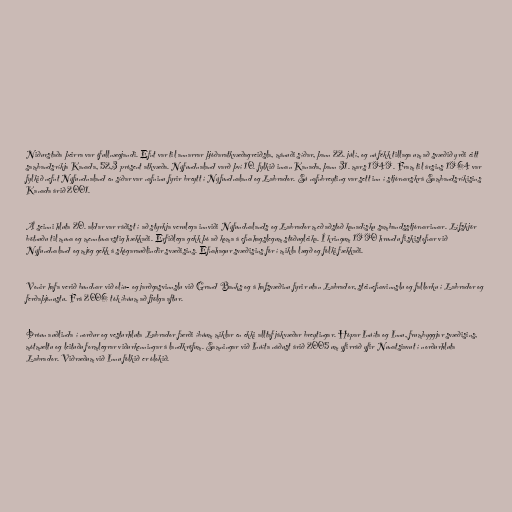
Niðurstaða þeirra var ófullnægjandi. Efnt var til annarrar þjóðaratkvæðagreiðsla, mánuði síðar, þann 22. júlí, og nú fékk tillaga um að svæðið yrði eitt
sambandsríkja Kanada, 52,3 prósent atkvæða. Nýfundnaland varð því 10. fylkið innan Kanada, þann 31. mars 1949. Fram til ársins 1964 var
fylkið nefnt Nýfundnaland en síðar var nafninu fyrir breytt í Nýfundnaland og Labrador. Sú nafnbreyting var sett inn í stjórnarskrá Sambandsríkisins
Kanada árið 2001.

Á seinni hluta 20. aldar var ráðist í að styrkja verulega innviði Nýfundnalands og Labrador með aðstoð kanadísku sambandsstjórnarinnar. Lífskjör
bötnuðu til muna og menntunarstig hækkaði. Erfiðlega gekk þó að koma á efnahagslegum stöðugleika. Í kringum 1990 hrundu fiskistofnar við
Nýfundnaland og mjög gekk á skógarauðlindir svæðisins. Efnahagur svæðisins fór í mikla lægð og fólki fækkaði.

Vonir hafa verið bundnar við olíu- og jarðgasvinnslu við Grand Banks og á hafsvæðinu fyrir utan Labrador, steinefnavinnslu og fallorku í Labrador og
ferðaþjónustu. Frá 2006 tók íbúum að fjölga aftur.

Þróun auðlinda í norður og vesturhluta Labrador færði íbúum miklar en ekki alltaf jákvæðar breytingar. Hópar Inúíta og Innu, frumbyggjar svæðisins,
mótmæltu og leituðu formlegrar viðurkenningar á landkröfum. Samningar við Inúíta náðust árið 2005 um yfirráð yfir Nunatsiavut í norðurhluta
Labrador. Viðræðum við Innu fólkið er ólokið.